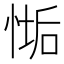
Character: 𢞄